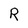
Character: R